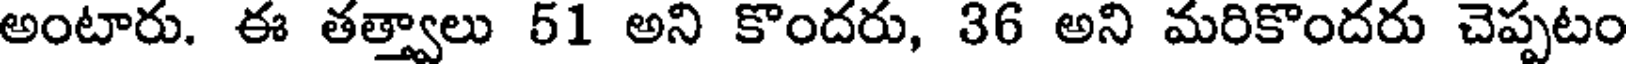
అంటారు. ఈ తత్త్వాలు 51 అని కొందరు, 36 అని మరికొందరు చెప్పటం